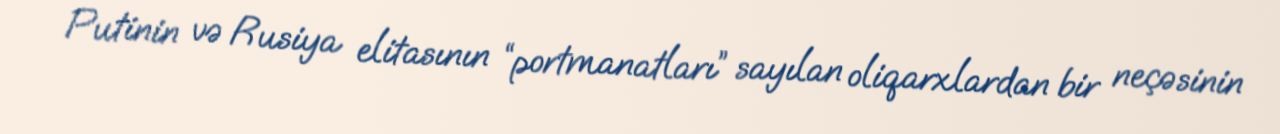
Putinin və Rusiya elitasının “portmanatları” sayılan oliqarxlardan bir neçəsinin